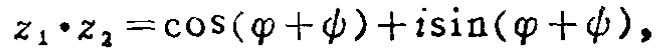
\(z_{1}\cdot z_{2}=\cos(\varphi +\psi)+i\sin(\varphi +\psi)\)